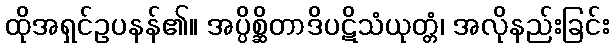
ထိုအရှင်ဥပနန်၏။ အပ္ပိစ္ဆိတာဒိပဋိသံယုတ္တံ၊ အလိုနည်းခြင်း